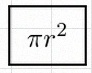
\pi r^2